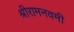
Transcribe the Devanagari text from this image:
श्रीरामनवमी